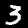
Label: 3